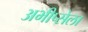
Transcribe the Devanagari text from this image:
अभीप्सेला